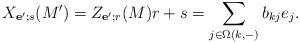
LaTeX: \begin{align*}X_{\mathbf e';s}(M') = Z_{\mathbf e'; r}(M)r + s = \sum_{j\in \Omega(k,-)} b_{kj}e_j. \end{align*}